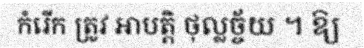
កំរើក ត្រូវ អាបត្តិ ថុល្លច្ច័យ ។ ឱ្យ